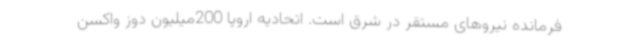
فرمانده نیروهای مستقر در شرق است. اتحادیه اروپا 200میلیون دوز واکسن